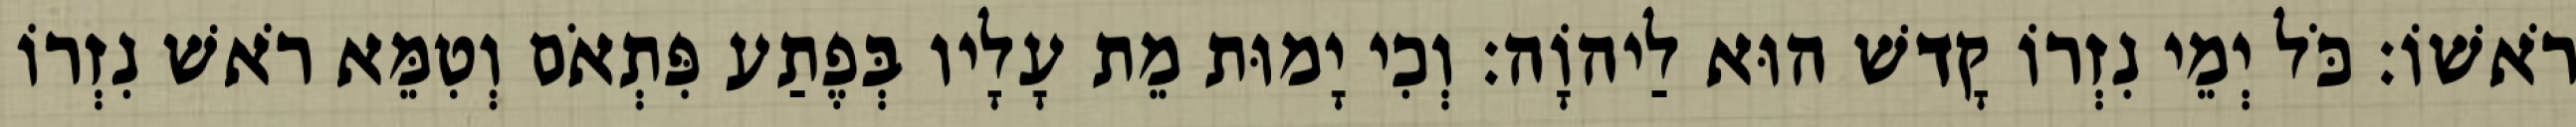
רֹאשׁוֹ׃ כֹּל יְמֵי נִזְרוֹ קָדשׁ הוּא לַיהוָֹה׃ וְכִי יָמוּת מֵת עָלָיו בְּפֶתַע פִּתְאֹם וְטִמֵּא רֹאשׁ נִזְרוֹ